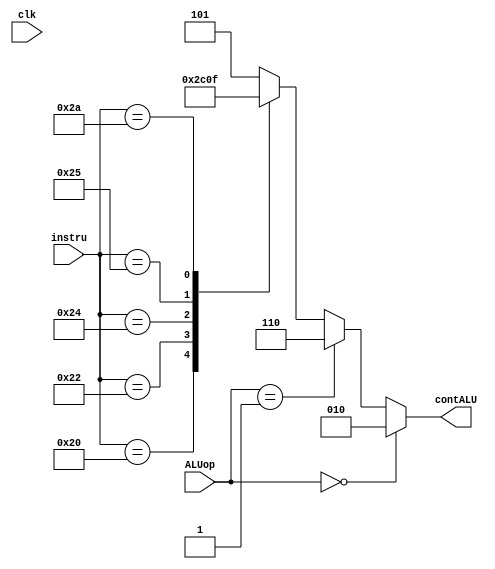
module controlALU(
    input [1:0] ALUop,
    input [5:0] instru,
    input clk,
    output reg [2:0]contALU
    );
    
    always @(*)
    begin
		if (ALUop==2'b00)
			begin
			contALU=   3'b010;
			end
	
		else if (ALUop==2'b01)
			begin
			contALU=	3'b110;
			end
		else
			begin
				case (instru)
		
                                              
                6'b100000:contALU=   3'b010;
                6'b100010:contALU=   3'b110;
                6'b100100:contALU=   3'b000;
                6'b100101:contALU=   3'b001;
                6'b101010:contALU=   3'b111;
                default:    contALU=   3'b101;
                endcase
			end
		                   
                 
    end
endmodule